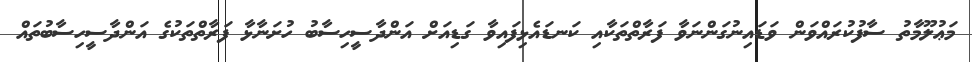
މަޢުލޫމާތު ސާފުކުރައްވަން ވަޑައިނުގަންނަވާ ފަރާތްތަކާއި ކަނޑައެޅިފައިވާ ގަޑިއަށް އަންދާސީހިސާބު ހުށަނާޅާ ފަރާތްތަކުގެ އަންދާސީހިސާބުތައް